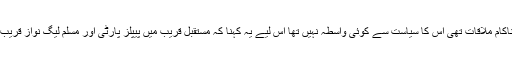
بلاول اور میاں نواز شریف کی ملاقات چوں کہ ایک ناکام ملاقات تھی اس کا سیاست سے کوئی واسطہ نہیں تھا اس لیے یہ کہنا کہ مستقبل قریب میں پیپلز پارٹی اور مسلم لیگ نواز قریب آسکیں گے خام خیالی سے زیادہ اور کچھ نہیں ہوگی۔